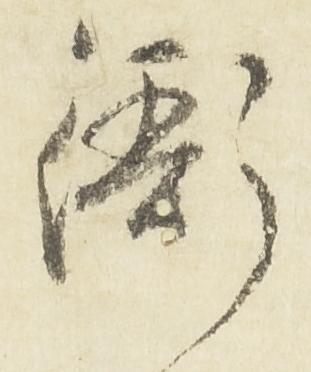
衙